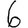
Digit: 6